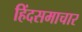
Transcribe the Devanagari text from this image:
हिंदसमाचार